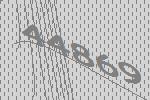
44869